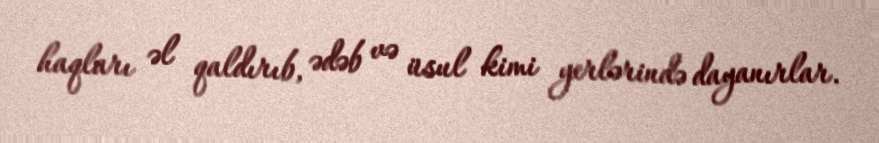
haqları əl qaldırıb, ədəb və üsul kimi yerlərində dayanırlar.